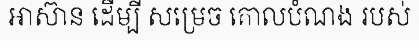
អាស៊ាន ដើម្បី សម្រេច គោលបំណង របស់